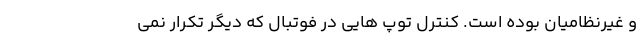
و غیرنظامیان بوده است. کنترل توپ هایی در فوتبال که دیگر تکرار نمی